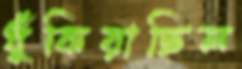
ধুঁকিয়াছিল